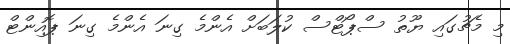
މި މެޗުގައި ޔޫތު ސްޕޯޓްސް ކުލަބަށް އެންމެ ގިނަ އެންމެ ގިނަ ޕޮއިންޓް